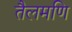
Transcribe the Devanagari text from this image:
तैलमणि